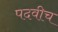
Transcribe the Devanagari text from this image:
पदवीच